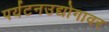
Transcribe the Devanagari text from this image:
पर्यटनउद्योगावर